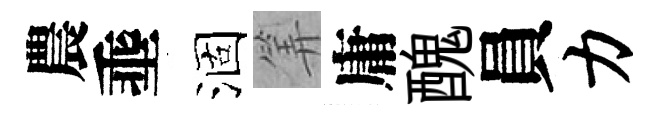
農埀涸筭庸醜員力